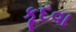
કૂદવા